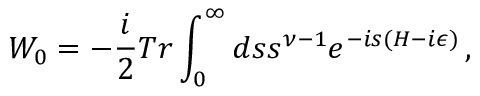
W _ { 0 } = - { \frac { i } { 2 } } T r \int _ { 0 } ^ { \infty } d s s ^ { \nu - 1 } e ^ { - i s ( H - i \epsilon ) } \, ,